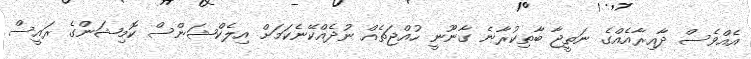
އެއްވެސް ދާއިރާއެއްގެ ނަތީޖާ ބާތިކުރާނެ ގާނޫނީ ހުއްޖަތެއް ނުދެއްކޭނެކަމަށް އިލެކްޝަންސް ކޮމިޝަންގެ ރައީސް